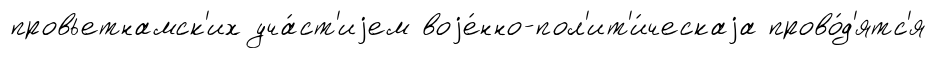
провьетнамск'их уча́ст'иjем воjе́нно-пол'ит'и́ческаjа прово́д'ятс'я